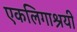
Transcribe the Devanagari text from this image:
एकलिगाश्रयी